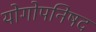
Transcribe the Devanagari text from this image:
योगोपनिषद